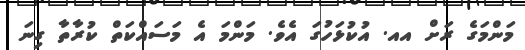
މަންމަގެ ރަށް އއ. އުކުޅަހުގަ އެވެ. މަންމަ އެ މަސައްކަތް ކުރާތާ ގިނަ